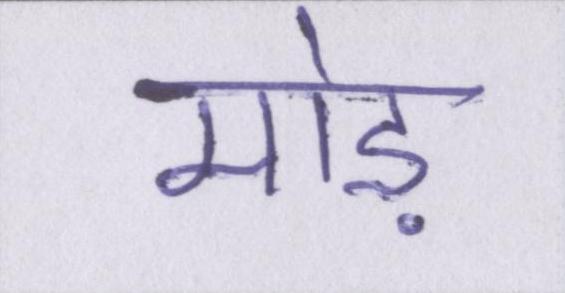
मोड़